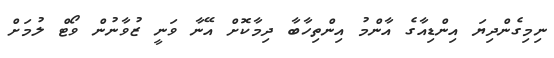
ނިމިގެންދިޔަ އިންޑިއާގެ އާންމު އިންތިހާބާ ދިމާކޮށް އޭނާ ވަނީ ޒުވާނުން ވޯޓް ލުމަށް